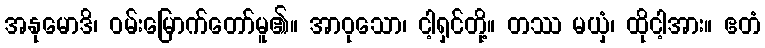
အနုမောဒိ၊ ဝမ်းမြောက်တော်မူ၏။ အာဝုသော၊ ငါ့ရှင်တို့။ တဿ မယှံ၊ ထိုငါ့အား။ ဧတံ